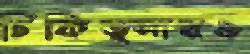
চিকিত্সারও